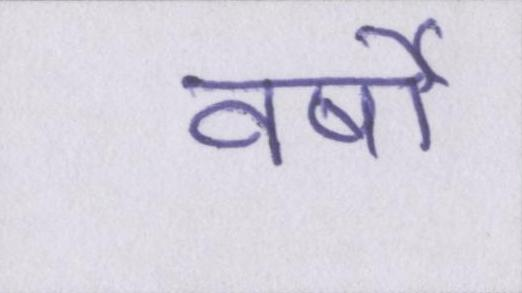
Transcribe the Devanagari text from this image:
वर्षो